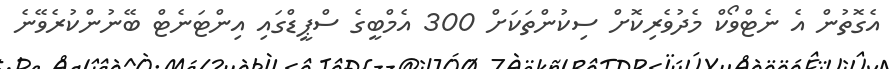
އެގޮތުން އެ ނެޓްވޯކް މެދުވެރިކޮށް ސިކުންތަކަށް 300 އެމްބީގެ ސްޕީޑްގައި އިންޓަނެޓް ބޭނުންކުރެވޭނެ